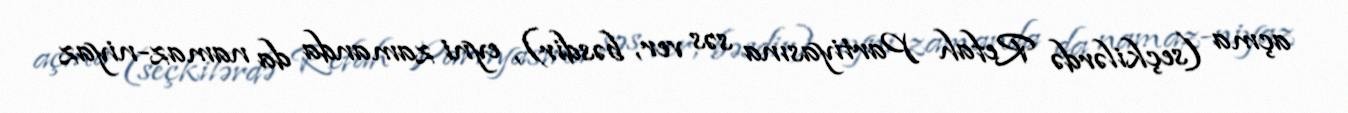
açma (seçkilərdə Refah Partiyasına səs ver, bəsdir), eyni zamanda da namaz-niyaz